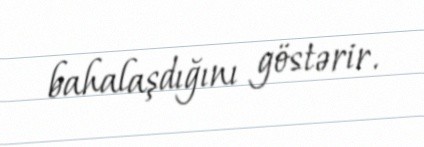
bahalaşdığını göstərir.